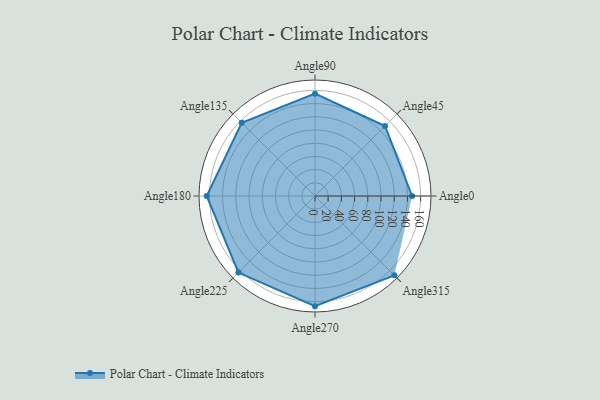
{"axis": {"x": "Angle", "y": "Radius"}, "legend": [""], "data": [{"x": "Angle0", "y": 147.0, "type": ""}, {"x": "Angle45", "y": 150.0, "type": ""}, {"x": "Angle90", "y": 155.0, "type": ""}, {"x": "Angle135", "y": 157.0, "type": ""}, {"x": "Angle180", "y": 164.0, "type": ""}, {"x": "Angle225", "y": 164.0, "type": ""}, {"x": "Angle270", "y": 167.0, "type": ""}, {"x": "Angle315", "y": 170, "type": ""}]}